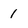
Character: 1